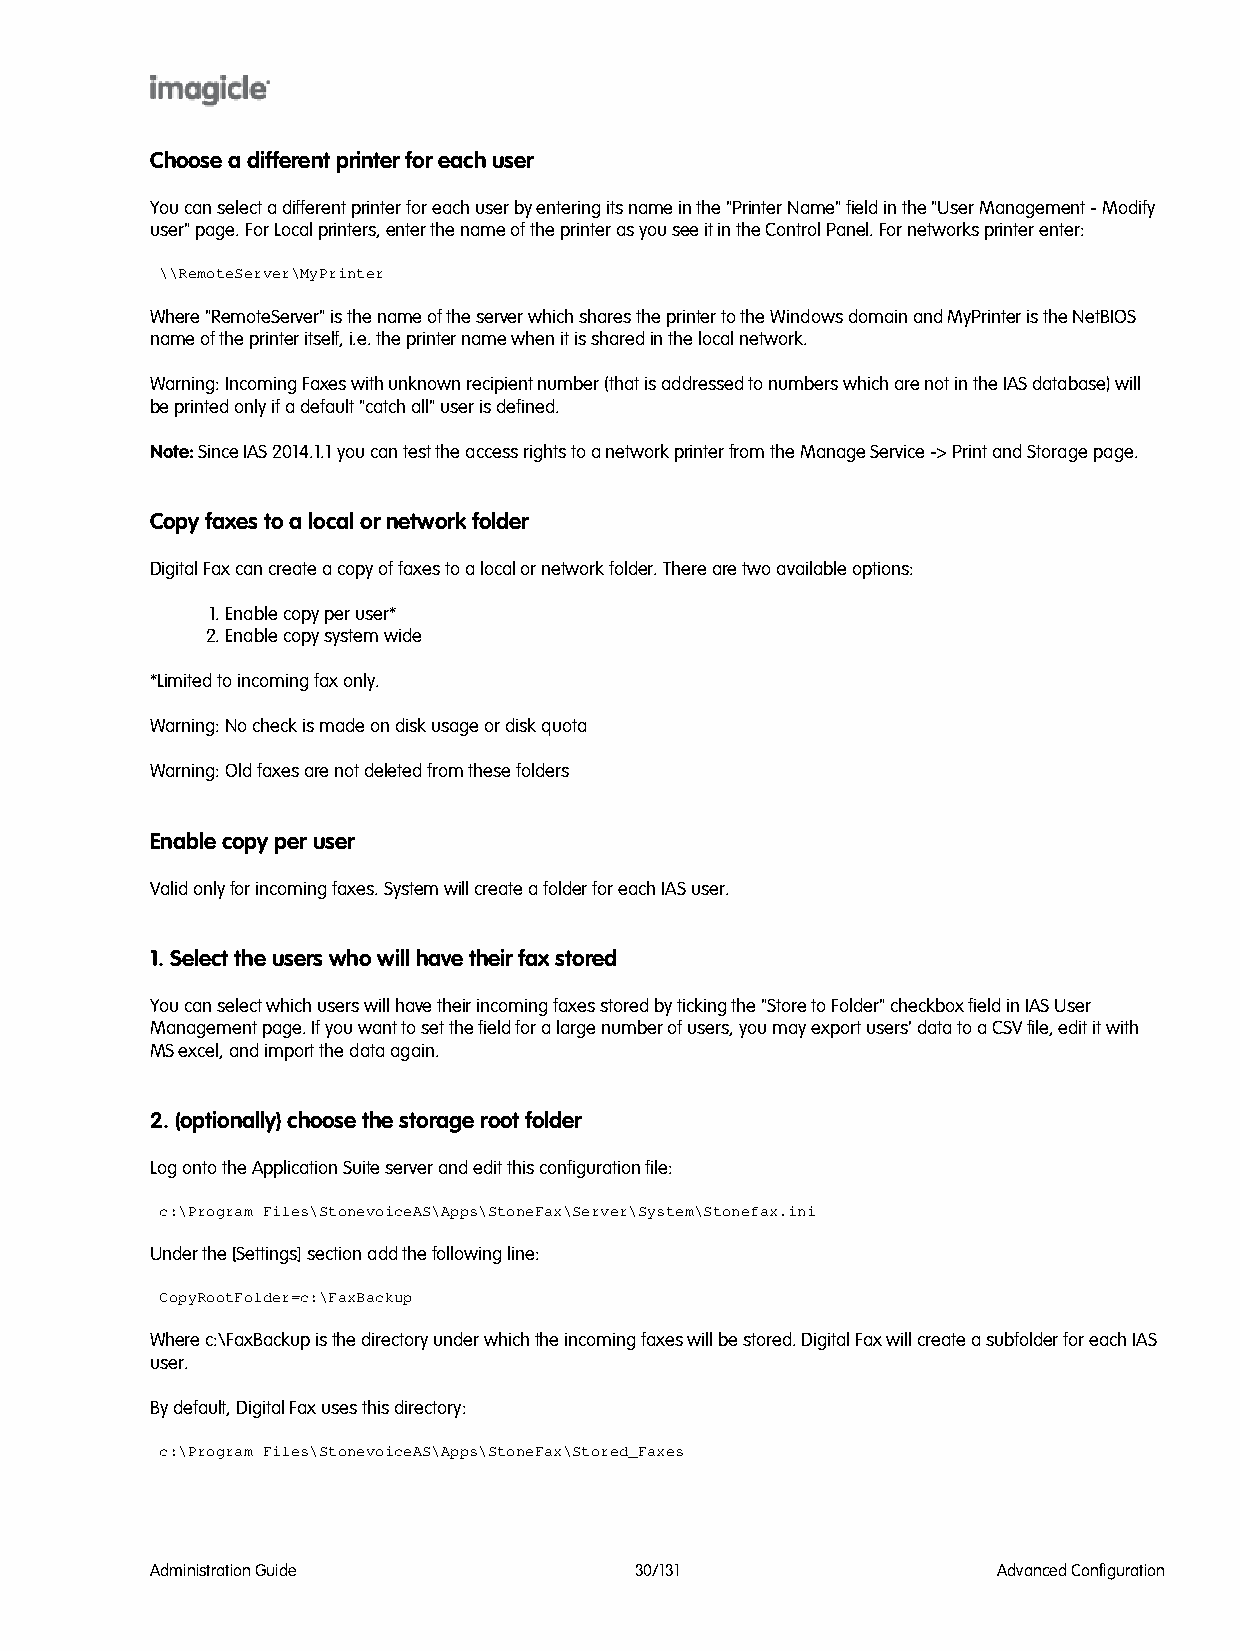
Choose a different printer for each user
 You can select a different printer for each user by entering its name in the "Printer Name" field in the "User Management - Modify
 user" page. For Local printers, enter the name of the printer as you see it in the Control Panel. For networks printer enter:
 \\RemoteServer\MyPrinter
 Where "RemoteServer" is the name of the server which shares the printer to the Windows domain and MyPrinter is the NetBIOS
 name of the printer itself, i.e. the printer name when it is shared in the local network.
 Warning: Incoming Faxes with unknown recipient number (that is addressed to numbers which are not in the IAS database) will
 be printed only if a default "catch all" user is defined.
 Note: Since IAS 2014.1.1 you can test the access rights to a network printer from the Manage Service -> Print and Storage page.
 Copy faxes to a local or network folder
 Digital Fax can create a copy of faxes to a local or network folder. There are two available options:
 1. Enable copy per user*
 2. Enable copy system wide
 *Limited to incoming fax only.
 Warning: No check is made on disk usage or disk quota
 Warning: Old faxes are not deleted from these folders
 Enable copy per user
 Valid only for incoming faxes. System will create a folder for each IAS user.
 1. Select the users who will have their fax stored
 You can select which users will have their incoming faxes stored by ticking the "Store to Folder" checkbox field in IAS User
 Management page. If you want to set the field for a large number of users, you may export users' data to a CSV file, edit it with
 MS excel, and import the data again.
 2. (optionally) choose the storage root folder
 Log onto the Application Suite server and edit this configuration file:
 c:\Program Files\StonevoiceAS\Apps\StoneFax\Server\System\Stonefax.ini
 Under the [Settings] section add the following line:
 CopyRootFolder=c:\FaxBackup
 Where c:\FaxBackup is the directory under which the incoming faxes will be stored. Digital Fax will create a subfolder for each IAS
 user.
 By default, Digital Fax uses this directory:
 c:\Program Files\StonevoiceAS\Apps\StoneFax\Stored_Faxes
 Administration Guide            30/131                  Advanced Configuration